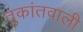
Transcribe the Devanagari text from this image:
तुकांतवाली